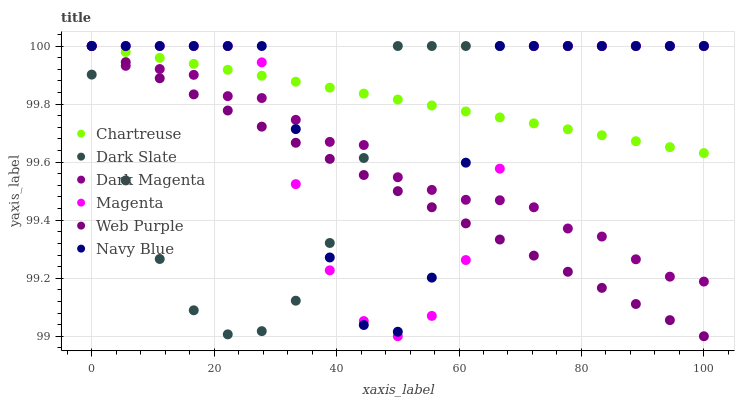
| xaxis_label | Chartreuse | Dark Slate | Dark Magenta | Magenta | Web Purple | Navy Blue |
 | --- | --- | --- | --- | --- | --- | --- |
 | 0 | 100 | 99.9 | 100 | 100 | 100 | 100 |
 | 5.56 | 100 | 99.5 | 99.9 | 100 | 99.9 | 100 |
 | 11.1 | 100 | 99.3 | 99.9 | 100 | 99.9 | 100 |
 | 16.7 | 99.9 | 99.1 | 99.9 | 100 | 99.8 | 100 |
 | 22.2 | 99.9 | 99 | 99.8 | 100 | 99.8 | 100 |
 | 27.8 | 99.9 | 99 | 99.8 | 99.9 | 99.7 | 100 |
 | 33.3 | 99.9 | 99.1 | 99.7 | 99.5 | 99.7 | 99.7 |
 | 38.9 | 99.9 | 99.3 | 99.7 | 99.2 | 99.6 | 99.3 |
 | 44.4 | 99.8 | 99.6 | 99.7 | 99.1 | 99.6 | 99 |
 | 50 | 99.8 | 100 | 99.5 | 99 | 99.5 | 99 |
 | 55.6 | 99.8 | 100 | 99.5 | 99.1 | 99.4 | 99.2 |
 | 61.1 | 99.8 | 100 | 99.5 | 99.3 | 99.4 | 99.6 |
 | 66.7 | 99.8 | 100 | 99.5 | 99.6 | 99.3 | 100 |
 | 72.2 | 99.7 | 100 | 99.4 | 100 | 99.3 | 100 |
 | 77.8 | 99.7 | 100 | 99.4 | 100 | 99.2 | 100 |
 | 83.3 | 99.7 | 100 | 99.3 | 100 | 99.2 | 100 |
 | 88.9 | 99.7 | 100 | 99.3 | 100 | 99.1 | 100 |
 | 94.4 | 99.7 | 100 | 99.2 | 100 | 99.1 | 100 |
 | 100 | 99.6 | 100 | 99.2 | 100 | 99 | 100 |